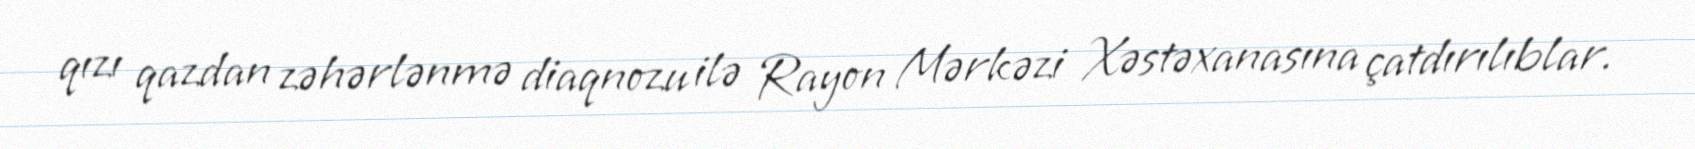
qızı qazdan zəhərlənmə diaqnozu ilə Rayon Mərkəzi Xəstəxanasına çatdırılıblar.